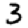
Digit: 3